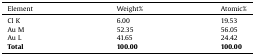
<table><thead><tr><td><b>Element</b></td><td><b>Weight%</b></td><td><b>Atomic%</b></td></tr></thead><tbody><tr><td>Cl K</td><td>6.00</td><td>19.53</td></tr><tr><td>Au M</td><td>52.35</td><td>56.05</td></tr><tr><td>Au L</td><td>41.65</td><td>24.42</td></tr><tr><td><b>Total</b></td><td><b>100.00</b></td><td><b>100.00</b></td></tr></tbody></table>